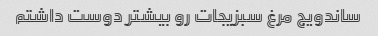
ساندویج مرغ سبزیجات رو بیشتر دوست داشتم